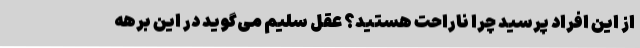
از این افراد پرسید چرا ناراحت هستید؟ عقل سلیم می‌گوید در این برهه